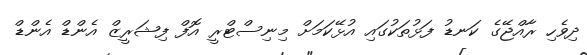
ދިވެހި ރާއްޖޭގެ ކަނޑު ފަޅުތަކުގައި އުޅޭކަމަށް މިނިސްޓްރީ އޮފް ފިޝަރީޒް އެންޑް އެންޑް